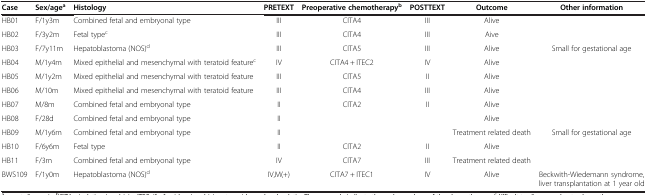
| Case | Sex/agea | Histology | PRETEXT | Preoperative chemotherapyb | POSTTEXT | Outcome | Other information |
 | --- | --- | --- | --- | --- | --- | --- | --- |
 | HB01 | F/1y3m | Combined fetal and embryonal type | III | CITA4 | III | Alive |  |
 | HB02 | F/3y2m | Fetal typec | III | CITA4 | III | Aive |  |
 | HB03 | F/7y11m | Hepatoblastoma (NOS)d | III | CITA5 | III | Alive | Small for gestational age |
 | HB04 | M/1y4m | Mixed epithelial and mesenchymal with teratoid featurec | IV | CITA4 + ITEC2 | IV | Alive |  |
 | HB05 | M/1y2m | Mixed epithelial and mesenchymal with teratoid feature | III | CITA5 | II | Alive |  |
 | HB06 | M/10m | Mixed epithelial and mesenchymal with teratoid feature | III | CITA4 | III | Alive |  |
 | HB07 | M/8m | Combined fetal and embryonal type | II | CITA2 | II | Alive |  |
 | HB08 | F/28d | Combined fetal and embryonal type | II |  |  | Alive |  |
 | HB09 | M/1y6m | Combined fetal and embryonal type | II |  |  | Treatment related death | Small for gestational age |
 | HB10 | F/6y6m | Fetal type | II | CITA2 | II | Alive |  |
 | HB11 | F/3m | Combined fetal and embryonal type | IV | CITA7 | III | Treatment related death |  |
 | BWS109 | F/1y0m | Hepatoblastoma (NOS)d | IV,M(+) | CITA7 + ITEC1 | IV | Alive | Beckwith-Wiedemann syndrome, liver transplantation at 1 year old |